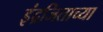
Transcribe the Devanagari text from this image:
इंद्रजिताच्या